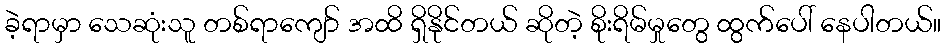
ခဲ့ရာမှာ သေဆုံးသူ တစ်ရာကျော် အထိ ရှိနိုင်တယ် ဆိုတဲ့ စိုးရိမ်မှုတွေ ထွက်ပေါ် နေပါတယ်။